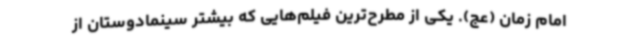
امام زمان (عج). یکی از مطرح‌ترین فیلم‌هایی که بیشتر سینمادوستان از